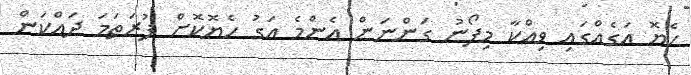
ހެޔޮ އަގެއްގައި ވިއްކާ މިފޯނު ގަންނަން އެންމެ އަގު ހެޔޮކޮށް ފުރަތަމަ ދައްކަން